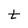
Character: t